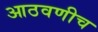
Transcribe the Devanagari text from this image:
आठवणीच